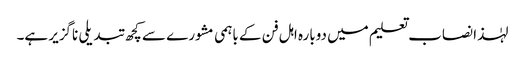
لہٰذا نصاب تعلیم میں دوبارہ اہل فن کے باہمی مشورے سے کچھ تبدیلی ناگزیر ہے۔